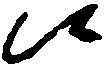
候